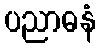
ပညာဓနံ